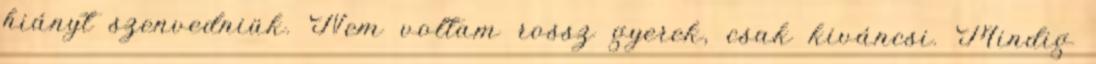
hiányt szenvedniük. Nem voltam rossz gyerek, csak kiváncsi. Mindig